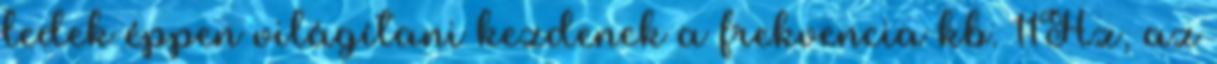
ledek éppen világítani kezdenek a frekvencia kb. 11Hz, az